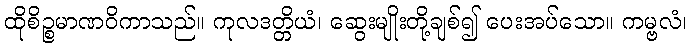
ထိုစိဉ္စမာဏဝိကာသည်။ ကုလဒတ္တိယံ၊ ဆွေးမျိုးတို့ချစ်၍ ပေးအပ်သော။ ကမ္ဗလံ၊